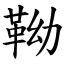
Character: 靿